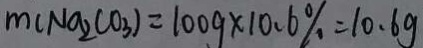
m ( N a _ { 2 } C O _ { 3 } ) = 1 0 0 g \times 1 0 . 6 \% = 1 0 . 6 g